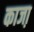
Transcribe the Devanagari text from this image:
काजा़